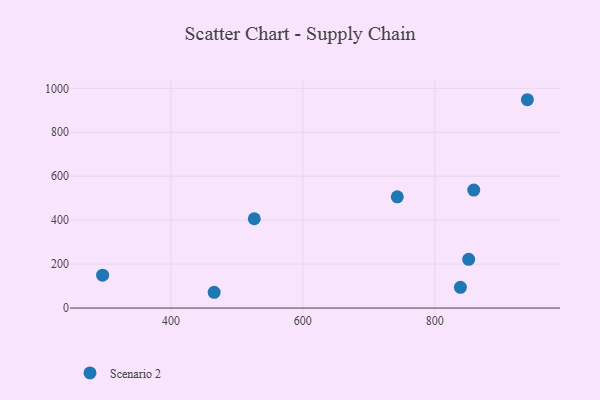
{"axis": {"x": "Investment", "y": "Fuel Efficiency"}, "legend": ["Scenario 2"], "data": [{"x": "296.5", "y": 149.8, "type": "Scenario 2"}, {"x": "465.6", "y": 71.8, "type": "Scenario 2"}, {"x": "851.4", "y": 221.8, "type": "Scenario 2"}, {"x": "940.4", "y": 948.2, "type": "Scenario 2"}, {"x": "526.4", "y": 406.4, "type": "Scenario 2"}, {"x": "838.9", "y": 94.3, "type": "Scenario 2"}, {"x": "743.2", "y": 506.1, "type": "Scenario 2"}, {"x": "859.1", "y": 537.0, "type": "Scenario 2"}]}